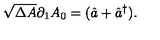
\sqrt { \Delta A } \partial _ { 1 } A _ { 0 } = ( \hat { a } + \hat { a } ^ { \dag } ) .